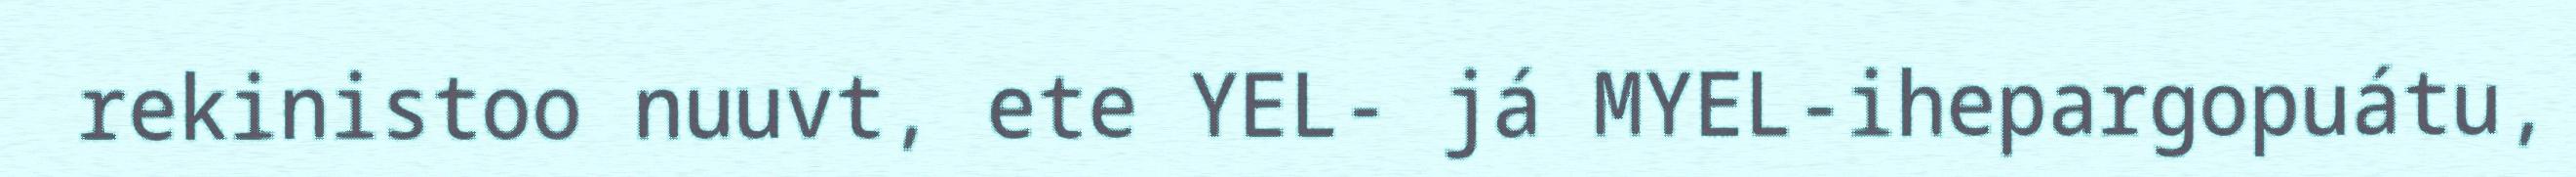
rekinistoo nuuvt, ete YEL- já MYEL-ihepargopuátu,